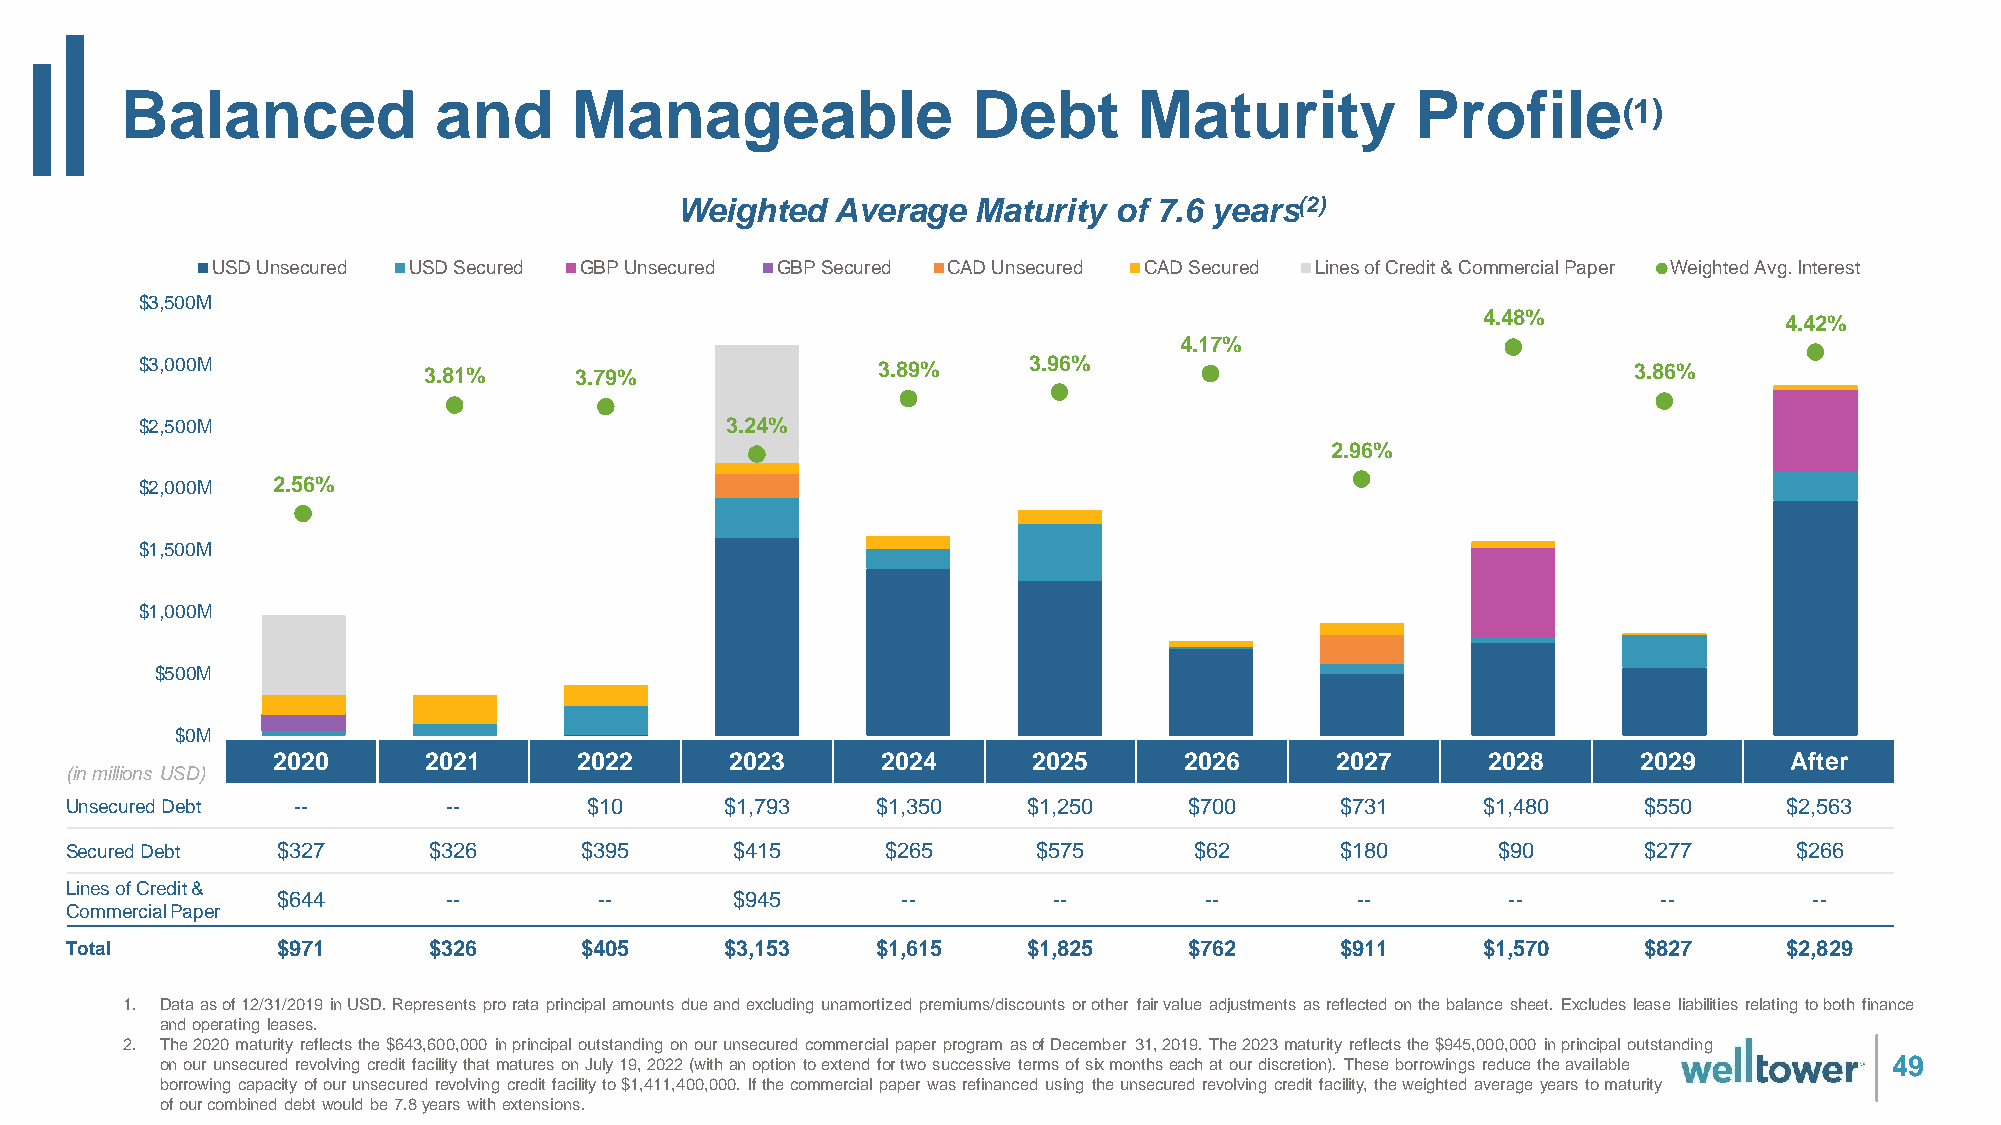
Balanced             and      Manageable                Debt       Maturity           Profile
 (1)
 Weighted  Average   Maturity of 7.6 years(2)
 USD Unsecured USD Secured GBP Unsecured GBP Secured CAD Unsecured CAD Secured Lines of Credit & Commercial Paper Weighted Avg. Interest
 $3,500M
 4.48%               4.42%
 4.17%
 $3,000M            3.81%     3.79%               3.89%     3.96%                                   3.86%
 $2,500M                                3.24%
 2.96%
 $2,000M  2.56%
 $1,500M
 $1,000M
 $500M
 $0M
 22002200  22002211  22002222  22002233  22002244  22002255  22002266  22002277  22002288   22002299 AAfftteerr
 (in millions USD)
 Unsecured Debt --        --        $10      $1,793    $1,350    $1,250     $700      $731     $1,480     $550     $2,563
 Secured Debt  $327      $326      $395      $415       $265      $575      $62       $180      $90       $277      $266
 Lines of Credit &
 $644       --         --      $945        --        --        --        --        --        --        --
 Commercial Paper
 Total         $971      $326      $405      $3,153    $1,615    $1,825     $762      $911     $1,570     $827     $2,829
 1. Data as of 12/31/2019 in USD. Represents pro rata principal amounts due and excluding unamortized premiums/discounts or other fair value adjustments as reflected on the balance sheet. Excludes lease liabilities relating to both finance
 and operating leases.
 2. The 2020 maturity reflects the $643,600,000 in principal outstanding on our unsecured commercial paper program as of December 31, 2019. The 2023 maturity reflects the $945,000,000 in principal outstanding
 on our unsecured revolving credit facility that matures on July 19, 2022 (with an option to extend for two successive terms of six months each at our discretion). These borrowings reduce the available 49
 borrowing capacity of our unsecured revolving credit facility to $1,411,400,000. If the commercial paper was refinanced using the unsecured revolving credit facility, the weighted average years to maturity
 of our combined debt would be 7.8 years with extensions.